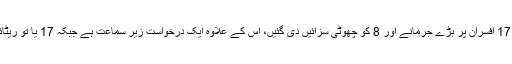
اسی طرح محکمہ خوراک کے 17 افسران پر بڑے جرمانے اور 8 کو چھوٹی سزائیں دی گئیں، اس کے علاوہ ایک درخواست زیر سماعت ہے جبکہ 17 یا تو ریٹائر ہوگئے یا انتقال کرچکے ہیں۔